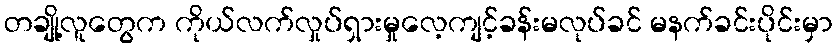
တချို့လူတွေက ကိုယ်လက်လှုပ်ရှားမှုလေ့ကျင့်ခန်းမလုပ်ခင် မနက်ခင်းပိုင်းမှာ